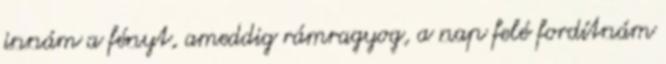
innám a fényt, ameddig rámragyog, a nap felé fordítnám